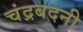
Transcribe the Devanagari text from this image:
चंद्रबदनी